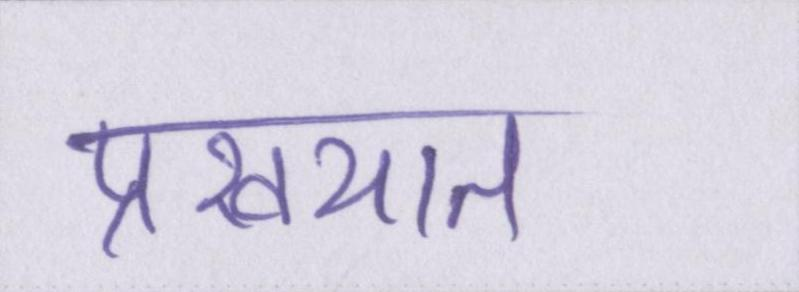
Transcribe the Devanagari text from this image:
प्रख्यात